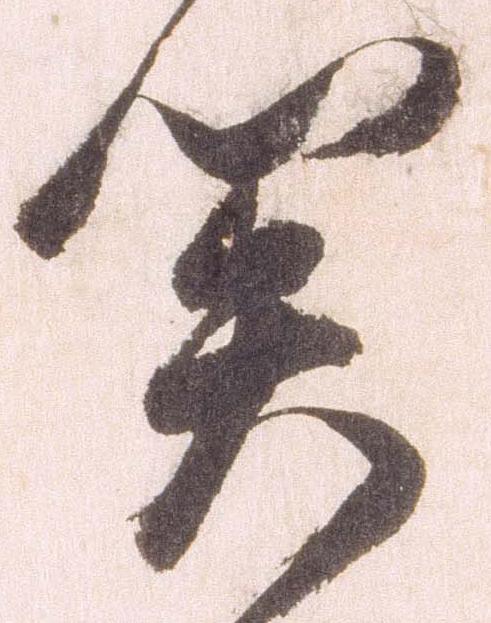
関